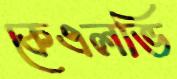
কেএলভি